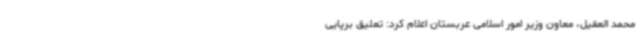
محمد العقیل، معاون وزیر امور اسلامی عربستان اعلام کرد: تعلیق برپایی